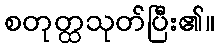
စတုတ္ထသုတ်ပြီး၏။